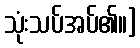
သုံးသပ်အပ်၏။]